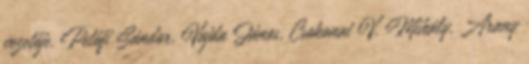
vezetője. Petőfi Sándor, Vajda János, Csokonai V. Mihály, Arany